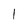
Character: 1